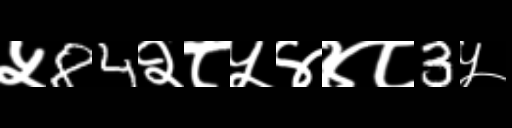
Text: ५84२८५४४८3५